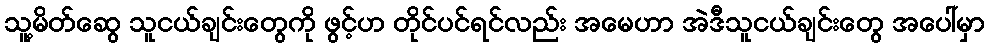
သူ့မိတ်ဆွေ သူငယ်ချင်းတွေကို ဖွင့်ဟ တိုင်ပင်ရင်လည်း အမေဟာ အဲဒီသူငယ်ချင်းတွေ အပေါ်မှာ